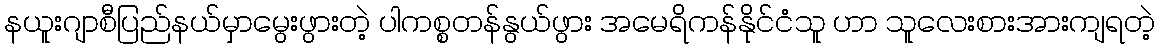
နယူးဂျာစီပြည်နယ်မှာမွေးဖွားတဲ့ ပါကစ္စတန်နွယ်ဖွား အမေရိကန်နိုင်ငံသူ ဟာ သူလေးစားအားကျရတဲ့